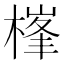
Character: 𣗏